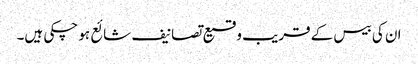
ان کی بیس کے قریب وقیع تصانیف شائع ہو چکی ہیں۔